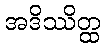
အဒိဿိတ္ထ